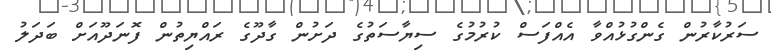
ސަރުކާރުން ގެންގުޅުއްވާ އެއްފަސް ކުރުމުގެ ސިޔާސަތުގެ ދަށުން ގާދޫގެ ރައްޔިތުން ފޮނަދޫއަށް ބަދަލު